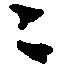
ニ